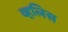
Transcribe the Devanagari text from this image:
व्हलिस